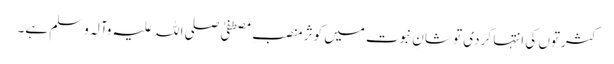
کثرتوں کی اِنتہا کر دی تو شانِ نبوت میں کوثر منصبِ مصطفیٰ صلی اللہ علیہ وآلہ وسلم ہے۔